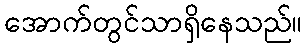
အောက်တွင်သာရှိနေသည်။